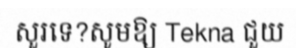
សួរទេ?សូមឱ្យ Tekna ជួយ